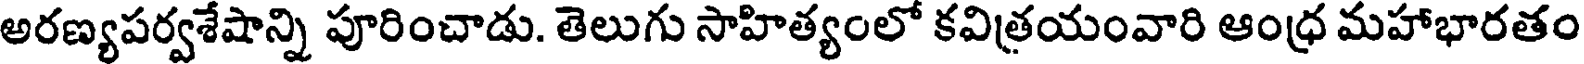
అరణ్యపర్వశేషాన్ని పూరించాడు. తెలుగు సాహిత్యంలో కవిత్రయంవారి ఆంధ్ర మహాభారతం